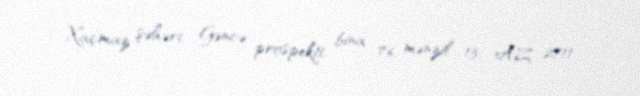
Xaçmaz şəhəri, Gəncə prospekti, bina 76, mənzil 13, AZ 2711